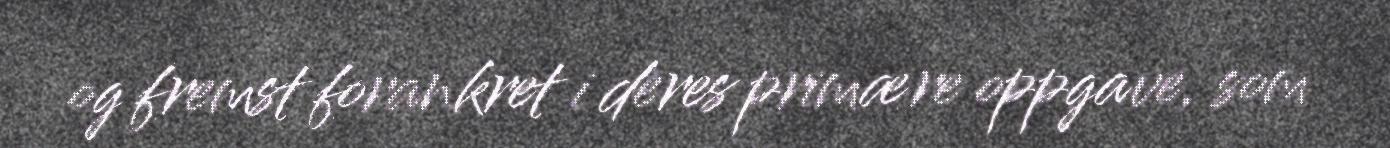
og fremst forankret i deres primære oppgave, som